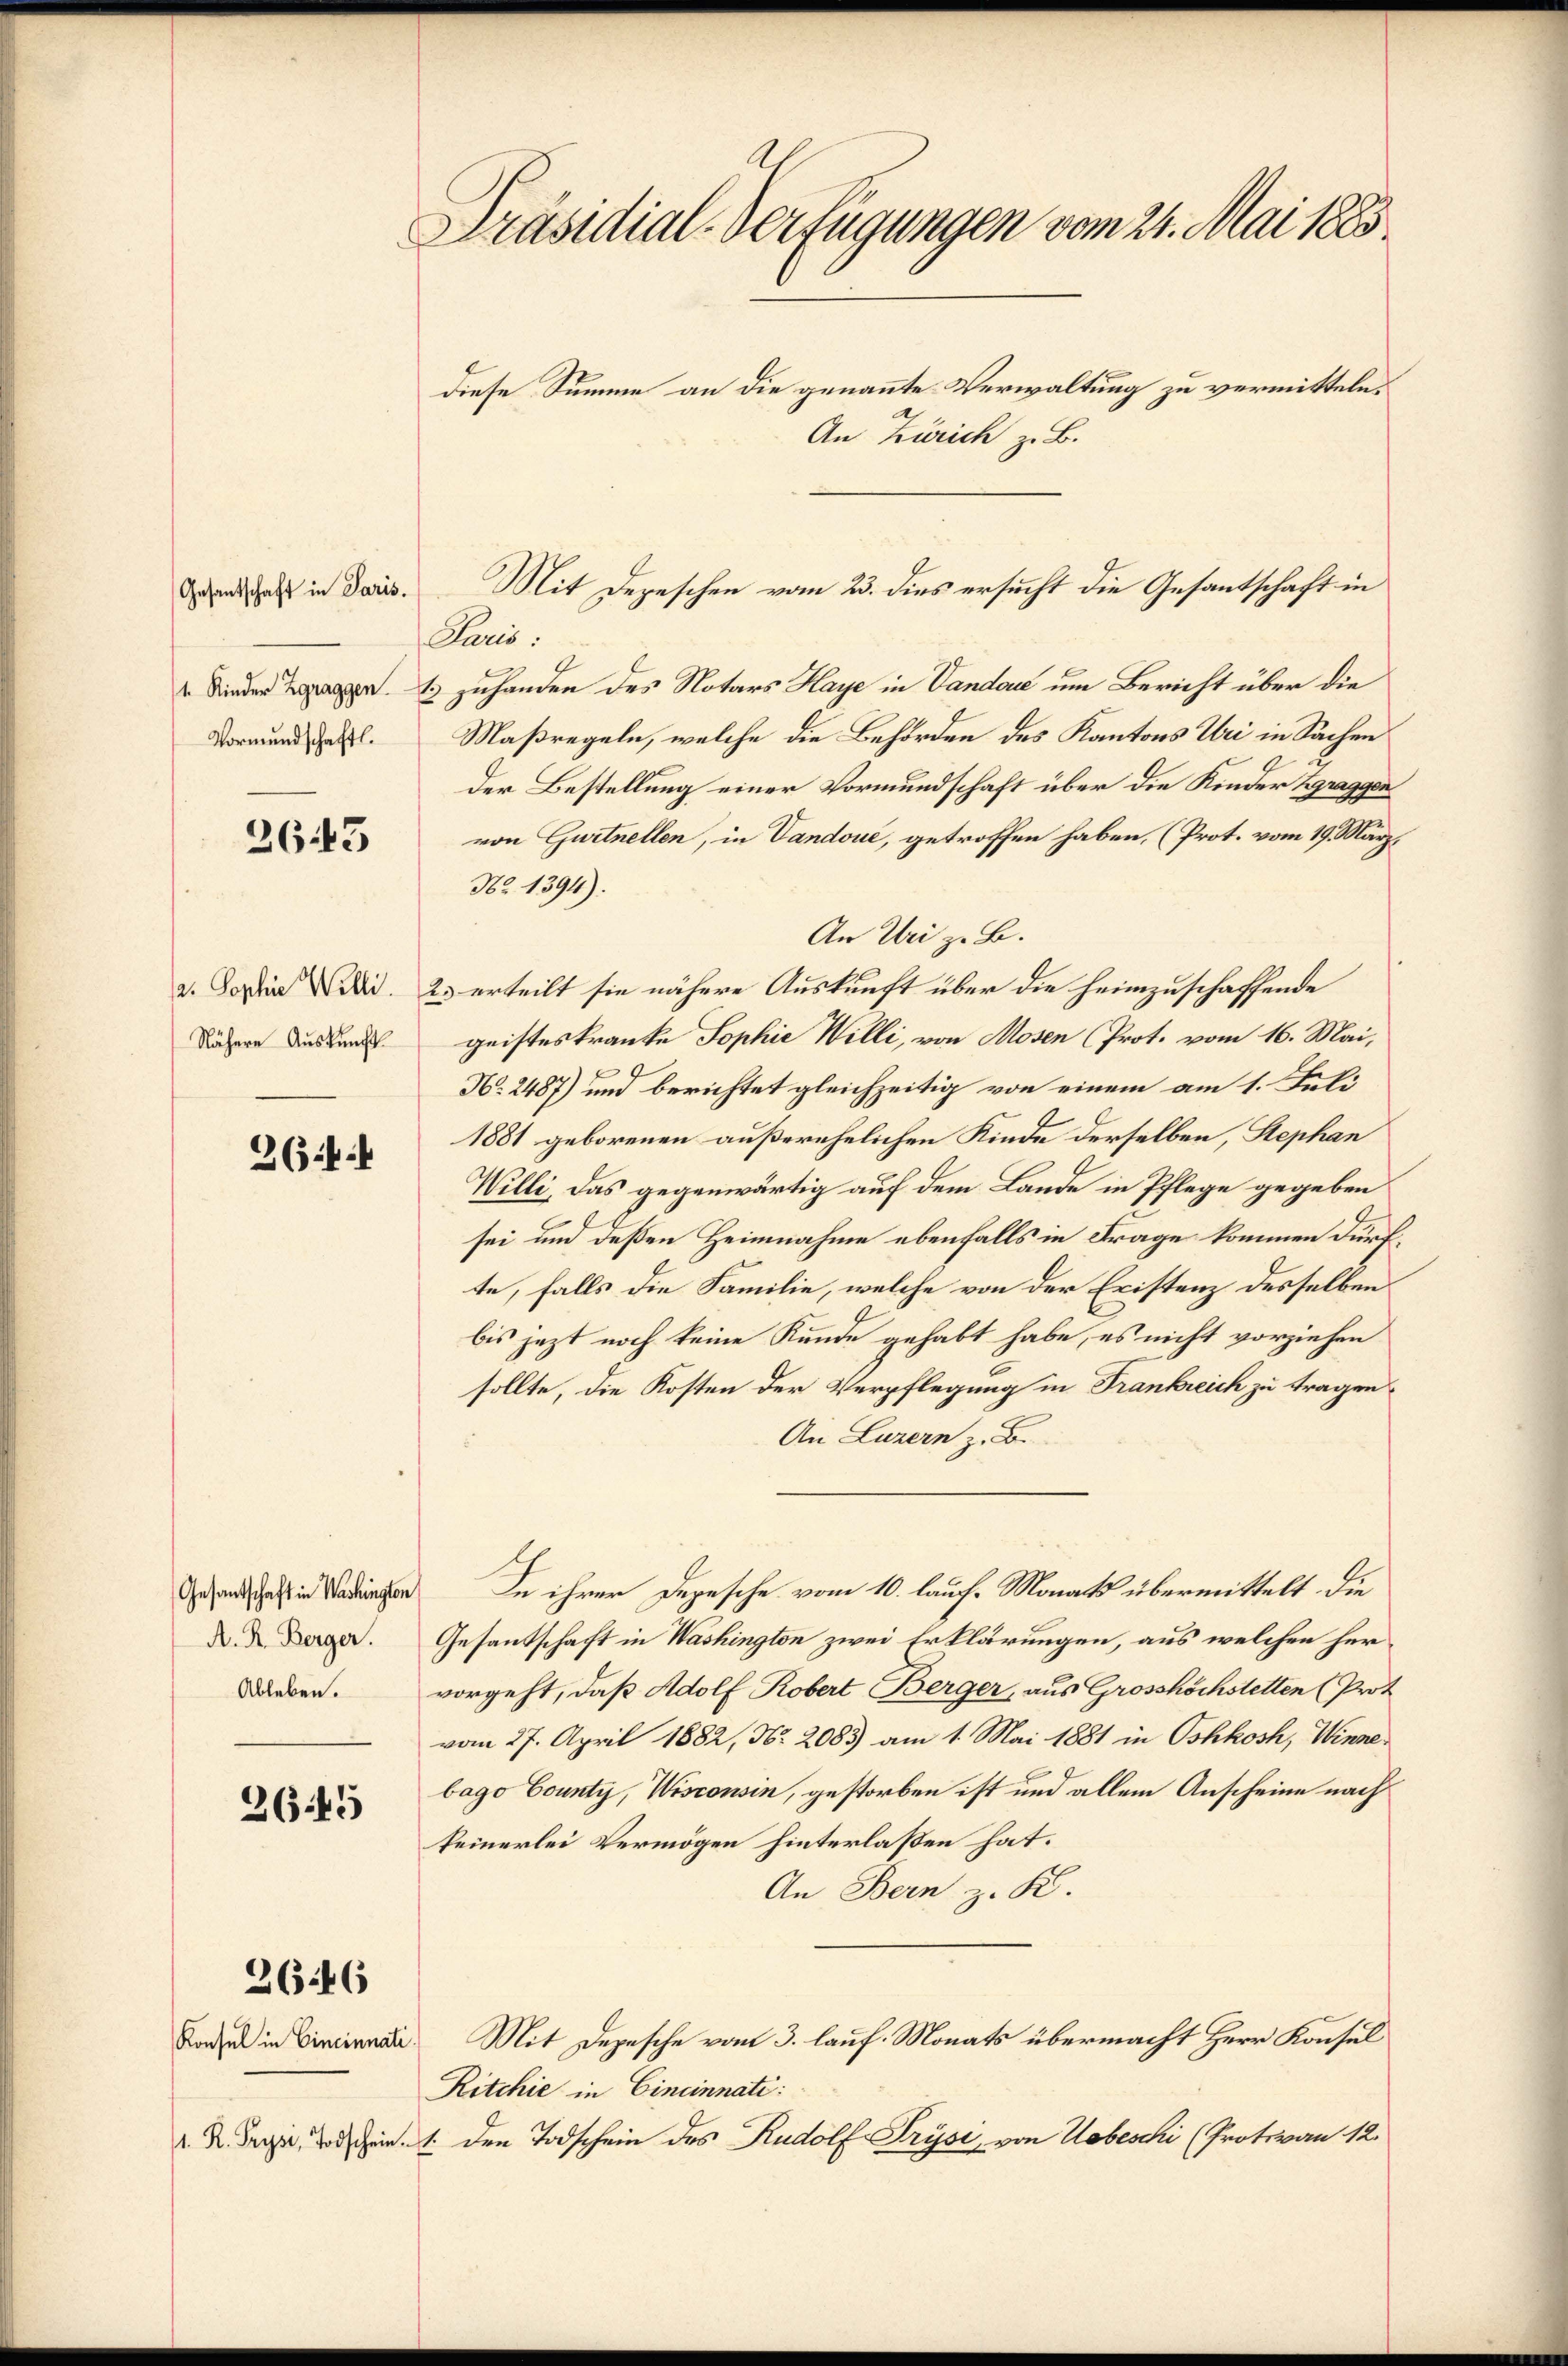
Gesantschaft in Paris.
1. Kinder Zgraggen
Vormundschaftl.

2643

Nähere Auskunft.

264 f

Gesantschaft in Washington
A. R. Berger.
Ableben.

2645

2646

Konsul in Cincinnati
(. R. Prysi, Todschein.

Präsidial-Verfügungen vom 24. Mai 1883
diese Summe an die genannte Verwaltung zu vermitteln.
An Zürich z. B.

Cauis
1 zuhanden des Notars Haye in Vanda um Bericht über die
Maßregeln, welche die Behörden des Kantons Uri in Sachen
Der Bestellung einer Vormundschaft über die Kinder Zgraggen
von Gurtnellen, in Vandoue, getroffen haben, (Prot. vom 19. März,
Nr. 1394).
An Uri z. B.
v. Dosia d. 2. erteilt sie nähere Auskunft über die heimzuschaffende
geisteskranke Sophie Willi, von Mosen (Prot. vom 16. Mai,
No. 2487) und berichtet gleichzeitig von einem am 1. Juli
1881 geborenen außerehelichen Kinde derselben, Stephan
Willi, das gegenwärtig auf dem Lande in Pflege gegeben
sei und deßen Heimnahme ebenfalls in Frage kommen dürfte, falls die Familie, welche von der Eristenz desselben
bis jezt noch keine Kunde gehabt habe, es nicht vorziehen
sollte, die Kosten der Verpflegung in Frankreich zu tragen.
An Luzern z. B.
In ihrer Depesche vom 10. lauf Monats übermittelt die
Gesantschaft in Washington zwei Erklärungen, aus welchen her
vorgeht, daß Adolf Robert Berger, aus Grosshöchstetten (Prot
vom 27. April 1882, Nr. 2083) am 1. Mai 1881 in Oshkosh, Winnebago County, Wisconsin, gestorben ist und allein Anscheine nach
keinerlei Vermögen hinterlaßen hat.
An Bern z. K.
Mit Depesche vom 3. lauf. Monats übermacht Herr Konsul
Ritchie in Cincinnati:
1. Den Todschein des Rudolf Krysi, von Nobeschi (Protovon 12.

Mit Depeschen vom 23. dies ersucht die Gesantschaft in